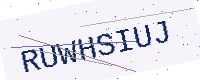
Text: RUWHSIUJ